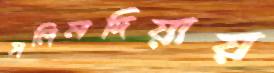
সলিলদিয়ায়